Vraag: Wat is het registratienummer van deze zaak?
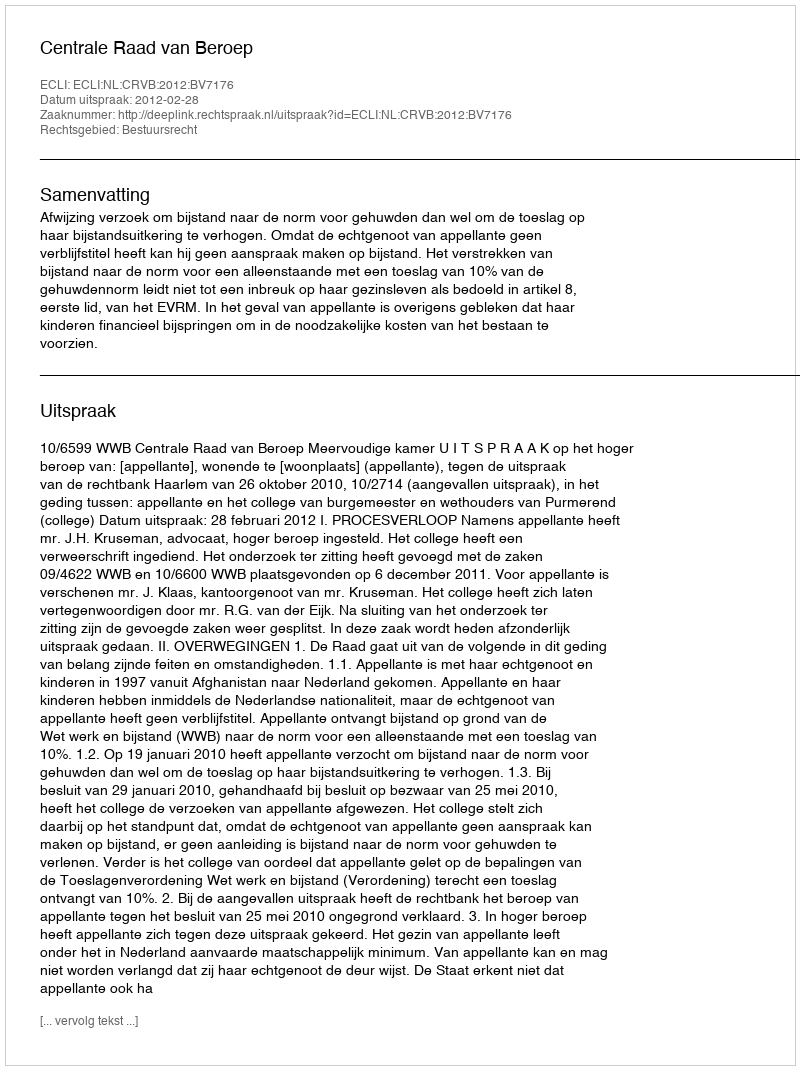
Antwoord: http://deeplink.rechtspraak.nl/uitspraak?id=ECLI:NL:CRVB:2012:BV7176